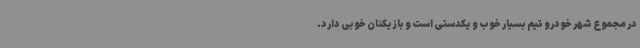
در مجموع شهر خودرو تیم بسیار خوب و یکدستی است و بازیکنان خوبی دارد.